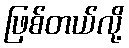
ဖြစ်တယ်လို့